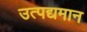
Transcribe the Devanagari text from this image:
उत्पद्यमान